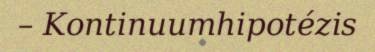
– Kontinuumhipotézis